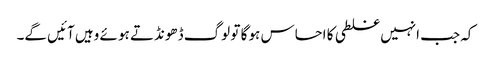
کہ جب انہیں غلطی کا احساس ہو گا تو لوگ ڈھونڈتے ہو ئے وہیں آئیں گے۔